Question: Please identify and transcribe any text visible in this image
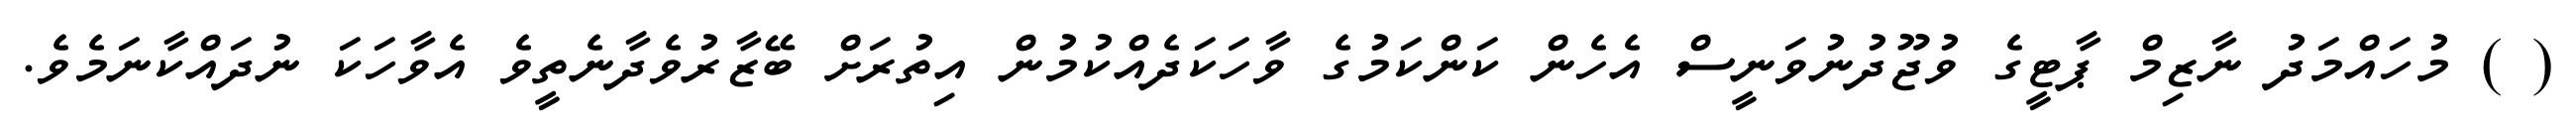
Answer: ( ) މުހައްމަދު ނާޒިމް ޕާޓީގެ ވުޖޫދުނުވަނީސް އެހެން ކަންކަމުގެ ވާހަކަދެއްކުމުން އިތުރަށް ބޭޒާރުވެދާނެތީވެ އެވާހަކަ ނުދައްކާނަމެވެ.